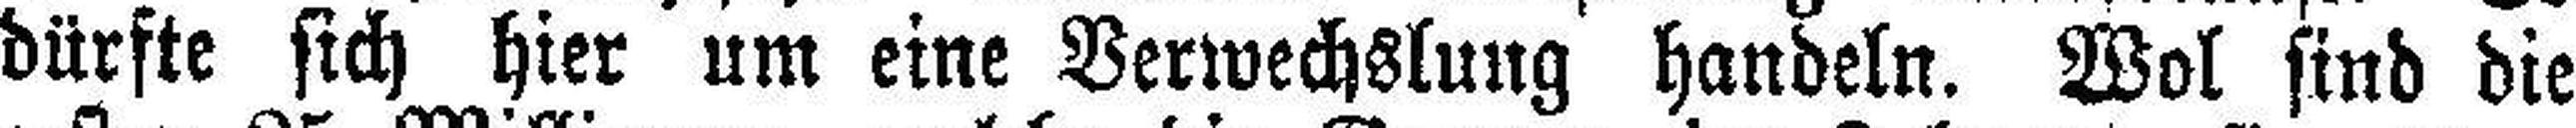
dürfte sich hier um eine Verwechslung handeln. Wol sind die